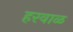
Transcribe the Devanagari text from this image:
हरवाळ